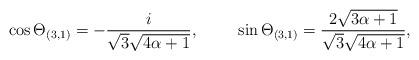
LaTeX: \begin{align*}\cos\Theta_{(3,1)} = -\frac{i}{\sqrt{3} \sqrt{4 \alpha+ 1}},\hspace{1cm}\sin\Theta_{(3,1)} = \frac{2 \sqrt{3 \alpha +1}}{\sqrt{3} \sqrt{4\alpha+1}},\end{align*}